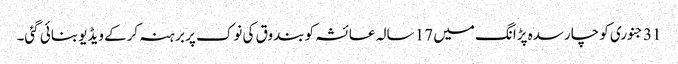
31 جنوری کو چارسدہ پڑانگ میں 17 سالہ عائشہ کو بندوق کی نوک پر برہنہ کرکے ویڈیو بنائی گئی۔